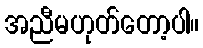
အညီမဟုတ်တော့ပါ။